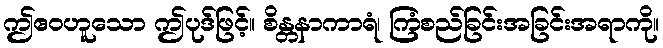
ဤဧဝဟူသော ဤပုဒ်ဖြင့်။ စိန္တနာကာရံ၊ ကြံစည်ခြင်းအခြင်းအရာကို။